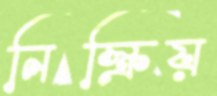
নিস্ক্রিয়